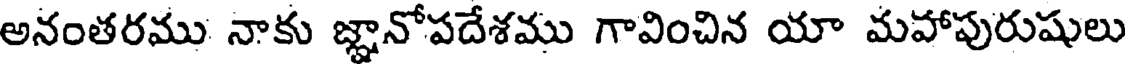
అనంతరము నాకు జ్ఞానోపదేశము గావించిన యా మహాపురుషులు